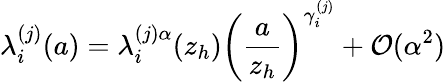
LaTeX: \lambda_{i}^{(j)}(a)=\lambda_{i}^{(j)\alpha}(z_{h})\left(\frac{a}{z_{h}}\right)^{\gamma_{i}^{(j)}}+{\cal O}(\alpha^{2})